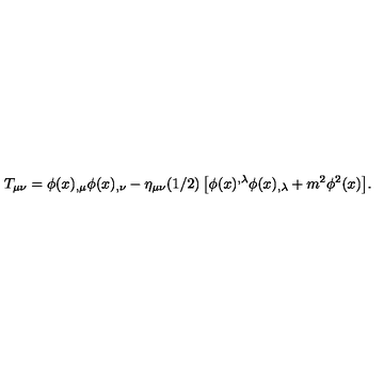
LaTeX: T _ { \mu \nu } = \phi ( x ) _ { , \mu } \phi ( x ) _ { , \nu } - \eta _ { \mu \nu } ( 1 / 2 ) \left[ \phi ( x ) ^ { , \lambda } \phi ( x ) _ { , \lambda } + m ^ { 2 } \phi ^ { 2 } ( x ) \right] \! .